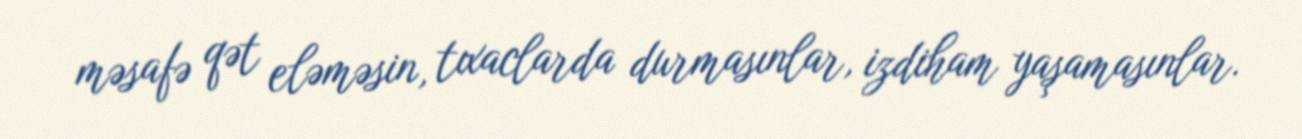
məsafə qət eləməsin, tıxaclarda durmasınlar, izdiham yaşamasınlar.